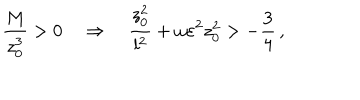
LaTeX: { \frac { M } { z _ { 0 } ^ { 3 } } } > 0 \quad \Rightarrow \quad { \frac { z _ { 0 } ^ { 2 } } { l ^ { 2 } } } + \omega \varepsilon ^ { 2 } z _ { 0 } ^ { 2 } > - { \frac { 3 } { 4 } } \, ,